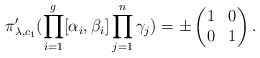
\begin{align*} \pi_{\lambda, c_1}'(\prod_{i=1}^g[\alpha_i,\beta_i]\prod_{j=1}^n\gamma_j)=\pm \begin{pmatrix}1&0\\0&1\end{pmatrix}.\end{align*}